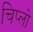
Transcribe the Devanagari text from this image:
चिप्लो